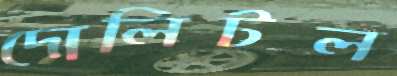
দোলিটল